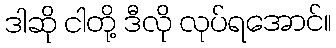
ဒါဆို ငါတို့ ဒီလို လုပ်ရအောင်။